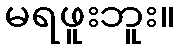
မရဖူးဘူး။